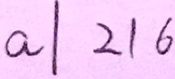
a \vert 2 1 6